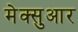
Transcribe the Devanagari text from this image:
मेक्सुआर